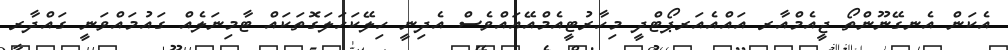
އެކަން އެނގޭނޫންތޯ ޖީއެމްއާރ އައްއެއަރޕޯޓްދީ މިހާރުޓީއެމްއޭއައްވެސް އެދިނީ ހިލޭކަހަލަގޮތަކައް ޓާމިނަލެއް ގައުމައްވަނީ ގައްދާރ